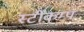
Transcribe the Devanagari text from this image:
स्टींकम्प